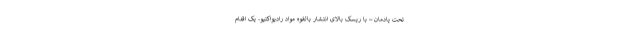
تحت پادمان – با ریسک بالای انتشار بالقوه مواد رادیواکتیو- یک اقدام